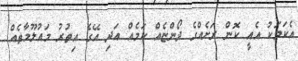
އެކަމަކު އެއީ ކޮން ރަށެއްގެ ދޯންޏެއް ކަމެއް އަދި އޭގެ އިތުރު މައުލޫމާތެއް